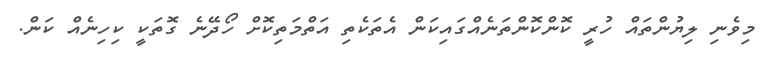
މިވެނި ލިޔުންތައް ހުރީ ކޮންކޮންތަނެއްގައިކަން އެތަކެތި އަތްމަތިކޮށް ހޯދޭނެ ގޮތަކީ ކިހިނެއް ކަން.